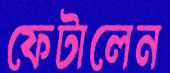
ফেটালেন